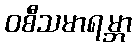
ဝစီသမာရမ္ဘာ